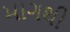
માગથી